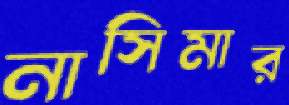
নাসিমার